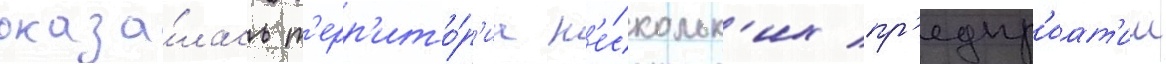
оказа́лась т'ерр'ито́р'иа н'е́скольк'их пр'едпр'иат'ии